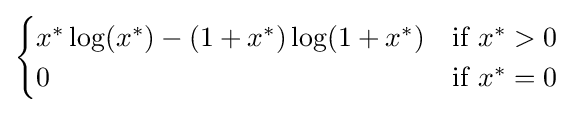
{\begin{cases}x^{*}\log(x^{*})-(1+x^{*})\log(1+x^{*})&{\text{if }}x^{*}>0\\0&{\text{if }}x^{*}=0\end{cases}}